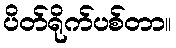
ပိတ်ရိုက်ပစ်တာ။